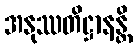
အနုဿတိဋ္ဌာနန္တိ